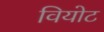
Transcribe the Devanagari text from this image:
वियोट